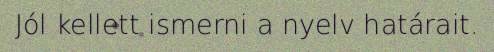
Jól kellett ismerni a nyelv határait.